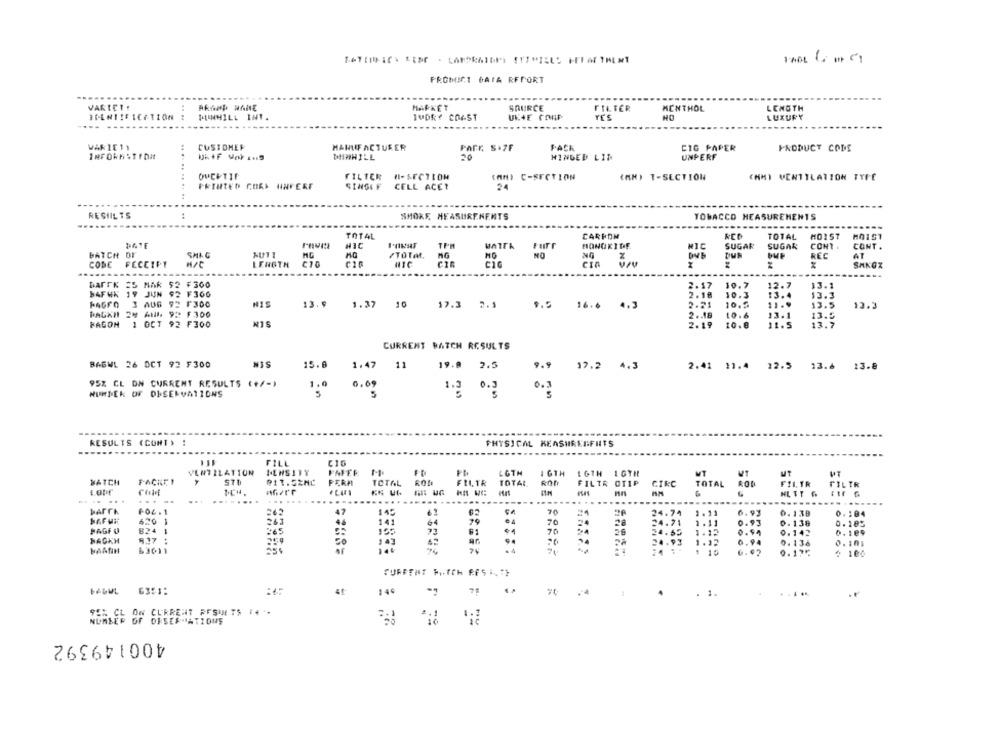
-
FROMICT DATA RFFORT
VARICI!
MARKET
SOURCE
FILTER
MENTHOL
LENGTH
MINHILL INT.
TUDRY COAST
UKVE COUP
HO
LUXURY
CUSTOMER
Parr. S .7F
FACK
CIG PAPER
PRODUCT CODE
WAR 1E11
MANUFACTURER
20
HINGED LIT
UNPERF
OUCHTIF
FILTER H-SECTION
(AN) C-SECTION
(AN) T-SECTION
CHM) VENTILATION TYPE
...... .....
PRINTED GORS UNVERF
SINGEF CELL ACET
24
RESIIL TS
SMOKE MEASUREMENTS
TOBACCO MEASUREMENTS
CARPON
TOTAL
TOTAL
MO1ST
DATE
HIC
Furr
HONGKIDE
HIC
SUGAR
SUGAR
CONT .
CONT .
BATCH
SMI G
TOTAL
REC
AT
CODE
H/C
LENGTH
C10
CIC
24
SANGZ
.....
DAFFK
NAK
52 F300
2.17
10.7
12.7
13.1
BAFWN
JUN 92 F360
2. 18
10.3
13.3
13.4
FAGFO
AUS 92 F300
13.9
1.37 10 17.3 2.3
9.5 16.6 4.3
2.21
10.5
11.9
13.5
13.3
PACKH
All. 92 F300
2 .. 18
10 . 6
13.1
13.5
FAGON
OCT 92 F300
2. 19
10.8
11.5
13.7
CURRENT BATCH RESULTS
SIN
BAGWL 26 DCT 92 F300
15.6
1.47
11
19.8
2.5
9.9 37.2 4.3
2.41 11.4 12.5 13.6 13.8
95% CL DN CURRENT RESULTS (+/-)
1.0
0.09
NUMBER OF DESERVATIONS
5
1.2 0.3
RESULTS (CONT)
PHYSICAL KEASHREEFHTS
FILL
VENTILATION
MENSITY
FAFER
LOTH
IGTH
MT
MT
BATCH
FACHE I
011.52NC
PERP
TOTAL
FILTR
TOTAL
FILTR OTIP
CIRC
TOTAL
FILTR
FILTR
LOUf
HLIT &
.....
....
....
F04. 1
265
24.74
1.11
6.93
0.138
0. 104
HAF VE
263
4.6
141
64
79
70
24.71
1.11
0.138
0.185
PAGE O
824 1
155
61
70
26
24.55
1.12
0.94
0.142
0.109
HAGKM
9.17 :
143
24.93
0.94
HAANIN
63011
50
70
1.12
0. 138
0. 101
1 10
0.92
0.175
4 100
CURRENT HITCH FFS .. ">
FADWL 6351:
144
..
.
95% CL ON CURRENT RESULTS .4 .
NUMBER OF DRSES-ATIONS
400149392